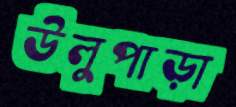
উলুপাড়া